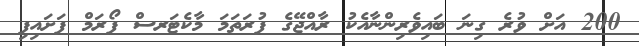
200 އަށް ވުރެ ގިނަ ބައިވެރިންނާއެކު ރާއްޖޭގެ ފުރަތަމަ މާކެޓަރސް ފޯރަމް ފަށައިފި